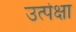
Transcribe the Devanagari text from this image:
उत्पेक्षा